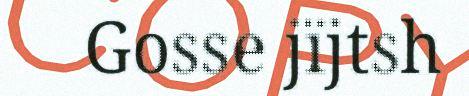
Gosse jïjtsh